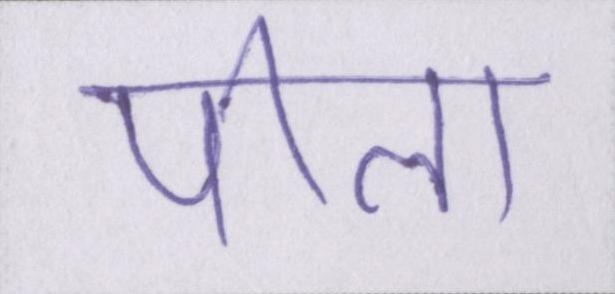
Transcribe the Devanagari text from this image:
पीला